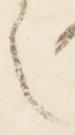
之